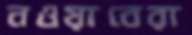
নওয়াবেরা